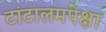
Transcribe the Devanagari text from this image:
टांटालमपेक्षा